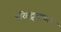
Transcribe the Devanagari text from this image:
हरितद्र्व्याच्या